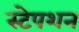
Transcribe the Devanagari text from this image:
स्‍टेपशन